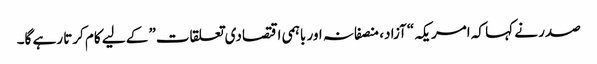
صدر نے کہا کہ امریکہ “آزاد، منصفانہ اور باہمی اقتصادی تعلقات” کے لیے کام کرتا رہے گا۔